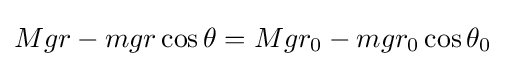
Mgr-mgr\cos {\theta }=Mgr_{0}-mgr_{0}\cos {\theta _{0}}